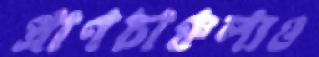
প্রাণচাঞ্চল্যও